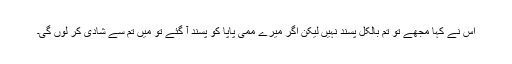
اس نے کہا مجھے تو تم بالکل پسند نہیں لیکن اگر میرے ممی پاپا کو پسند آ گئے تو میں تم سے شادی کر لوں گی۔